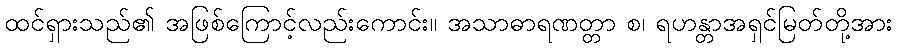
ထင်ရှားသည်၏ အဖြစ်ကြောင့်လည်းကောင်း။ အသာဓာရဏတ္တာ စ၊ ရဟန္တာအရှင်မြတ်တို့အား